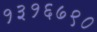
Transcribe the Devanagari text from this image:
१३१६७९०